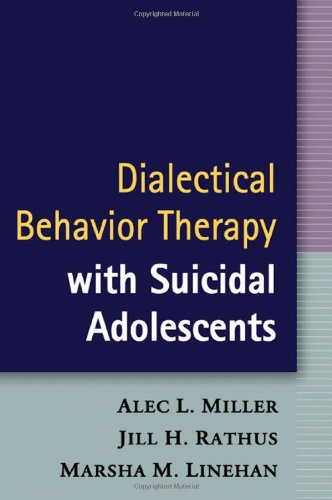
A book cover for Dialectical Behavior Therapy with Suicidal Adolescents; Alec L. Miller; Self-Help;